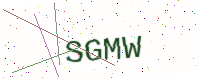
Text: SGMW